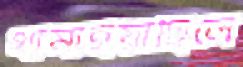
থামাইয়াছিলে